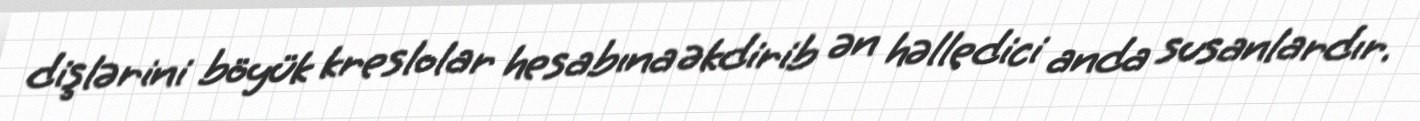
dişlərini böyük kreslolar hesabına əkdirib ən həlledici anda susanlardır.